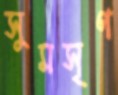
সুমসৃণ